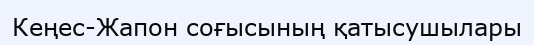
Кеңес-Жапон соғысының қатысушылары